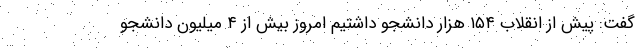
گفت: پیش از انقلاب ۱۵۴ هزار دانشجو داشتیم امروز بیش از ۴ میلیون دانشجو